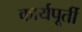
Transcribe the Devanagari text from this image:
कार्यपूर्ती